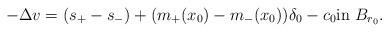
LaTeX: \begin{align*}-\Delta v=(s_+-s_-)+(m_+(x_0)-m_-(x_0))\delta_0-c_0\mbox{in $B_{r_0}$}.\end{align*}